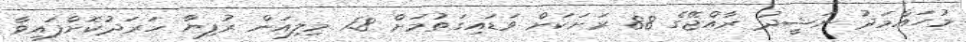
މުހައްމަދު ނަޝީދު ރާއްޖޭގެ 88 ރަށަކަށް ވަޑައިގަތުމަށް 1.8 މިލިއަން ރުފިޔާ ހަރަދުކޮށްފައިވާ